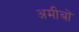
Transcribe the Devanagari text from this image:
अमीबों